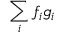
\sum _ { i } f _ { i } g _ { i }